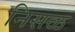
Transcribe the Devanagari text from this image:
निसळ